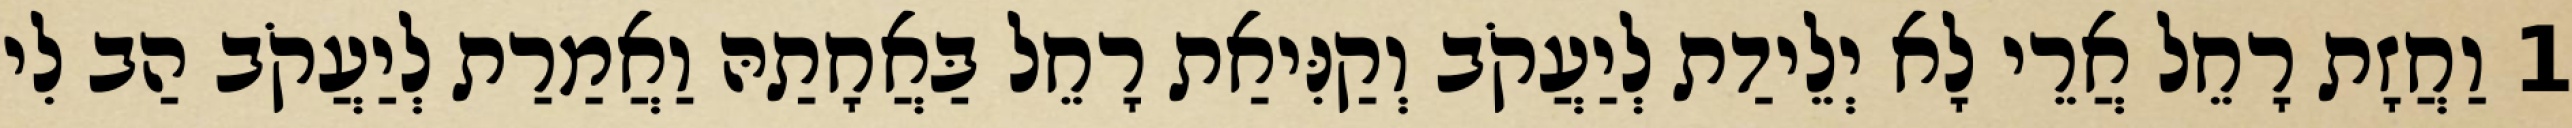
1 וַחֲזָת רָחֵל אֲרֵי לָא יְלֵידַת לְיַעֲקֹב וְקַנִּיאַת רָחֵל בַּאֲחָתַהּ וַאֲמַרַת לְיַעֲקֹב הַב לִי